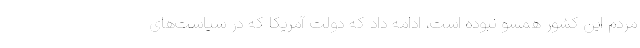
مردم این کشور همسو نبوده است، ادامه داد که دولت آمریکا که در سیاست‌های